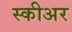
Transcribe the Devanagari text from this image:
स्कीअर